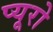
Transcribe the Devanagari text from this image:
प्यूरो